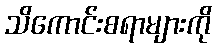
သိကောင်းစရာများကို